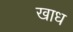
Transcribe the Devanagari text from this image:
खाध